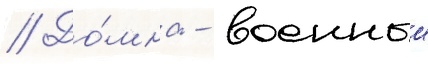
// До́мна - военныи